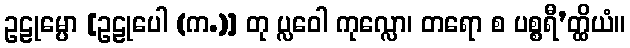
ဥဠုမ္ပော [ဥဠုပေါ (က.)] တု ပ္လဝေါ ကုလ္လော၊ တရော စ ပစ္စရီ’တ္ထိယံ။